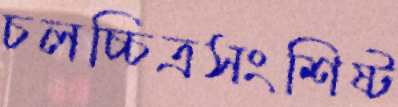
চলচ্চিত্রসংশিষ্ট